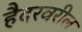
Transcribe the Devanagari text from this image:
हैदरवरील